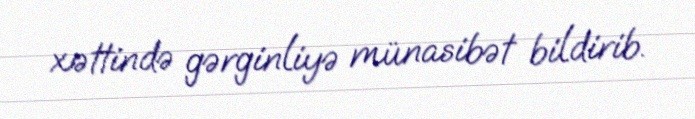
xəttində gərginliyə münasibət bildirib.